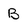
Character: B